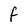
Character: f